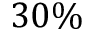
3 0 \%